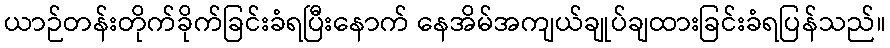
ယာဉ်တန်းတိုက်ခိုက်ခြင်းခံရပြီးနောက် နေအိမ်အကျယ်ချုပ်ချထားခြင်းခံရပြန်သည်။